Lunatic asylums Punjab 1868-1880 - 1868-1880
Year: 1868
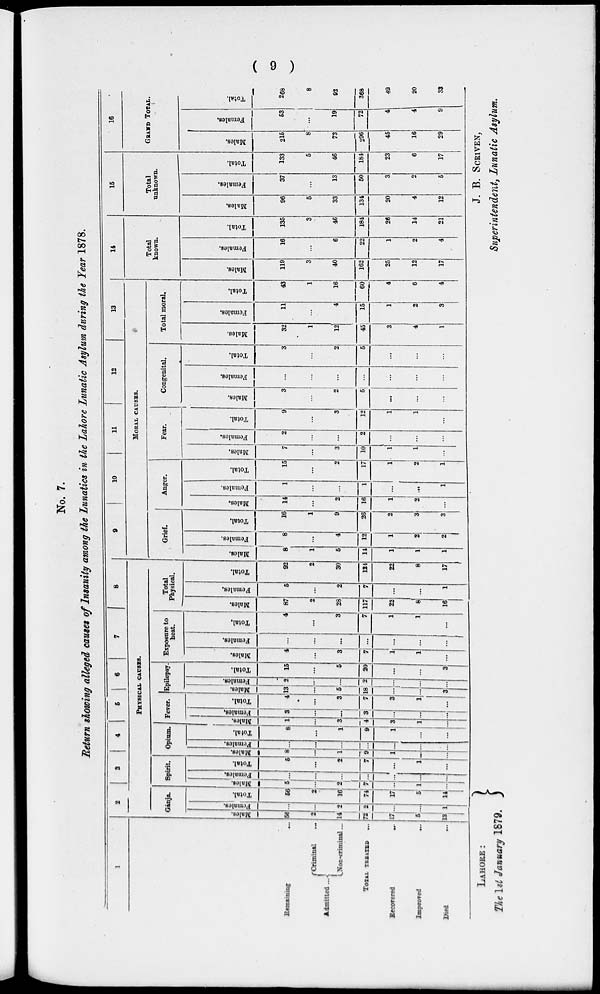
( 9 )
No. 7.
Return showing alleged causes of Insanity among the Lunatics in the Lahore Lunatic Asylum during the Year 1878.
1
Remaining
Admitted ...
Criminal ...
Non-criminal ...
TOTAL TREATED ...
Recorered
...
Improved
...
Died
...
2
3
4
6
6
7
8
PHYSICAL CAUSES.
Gánja.
Males.
56
2
14
72
17
5
13
Females.
...
...
2
2
...
...
1
Total.
56
2
16
74
17
5
14
Spirit
Males.
5
...
2
7
...
1
...
Females.
...
...
...
...
...
...
Total.
5
....
2
7
...
...
...
Opium.
Males.
8
...
1
9
...
...
...
Females.
...
...
...
...
...
...
...
Total.
8
...
1
9
1
...
...
Fever.
Males.
1
...
3
4
3
1
...
Females.
3
...
...
3
...
...
...
Total.
4
...
3
7
3
1
...
Epilepsy.
Males.
13
...
5
18
...
...
3
Females.
2
...
...
2
...
...
...
Total.
15
...
5
20
...
...
3
Exposure to
heat.
Males.
4
...
3
7
1
1
...
Females.
...
...
...
...
...
...
...
Total.
4
...
3
7
1
1
...
Total
Physical.
Males.
87
2
28
117
22
8
16
Females.
5
...
2
7
...
...
1
Total.
92
2
30
124
22
8
17
9
10
11
12
13
MORAL CAUSES.
Grief.
Males.
8
1
5
14
1
1
1
Females.
8
...
4
12
1
2
2
Total.
16
1
9
26
2
3
3
Anger.
Males.
14
...
2
16
1
2
...
Females.
1
...
...
1
...
...
1
Total.
15
...
2
17
1
2
1
Fear.
Males.
7
...
3
10
1
1
...
Females.
2
...
...
2
...
...
...
Total.
9
...
3
12
1
1
...
Congenital.
Males.
3
...
2
5
...
...
...
Females.
...
...
...
...
...
...
...
Total.
3
...
2
5
...
...
...
Total moral.
Males.
32
1
12
45
3
4
1
Females.
11
...
4
15
1
2
3
Total.
43
1
16
60
4
6
4
14
Total
known.
Males.
119
3
40
162
25
12
17
Females.
16
...
6
22
1
2
4
Total.
135
3
46
184
26
14
21
15
Total
unknown.
Males.
96
5
33
134
20
4
12
Females.
37
...
13
50
3
2
5
Total.
133
5
46
184
23
6
17
16
GRAND TOTAL.
Males.
215
8
73
296
45
16
29
Females.
53
...
19
72
4
4
9
Total.
268
8
92
368
49
20
33
LAHORE :
The 1st January 1879.
J. B. SCRIVEN,
Superintendent, Lunatic Asylum.